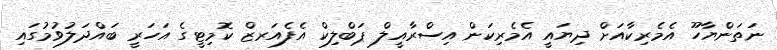
ނަތަންޔާހޫ އެމެރިކާއަށް ދިޔައީ އެމެރިކަން އިސްރާއީލް ޕަބްލިކް އެފެއަރޒް ކޮމިޓީގެ އަހަރީ ބައްދަލުވުމުގައި